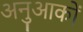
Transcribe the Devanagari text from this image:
अनुआकों